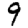
Digit: 9